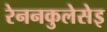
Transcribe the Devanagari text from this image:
रेननकुलेसेइ